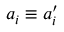
a _ { i } \equiv a _ { i } ^ { \prime }